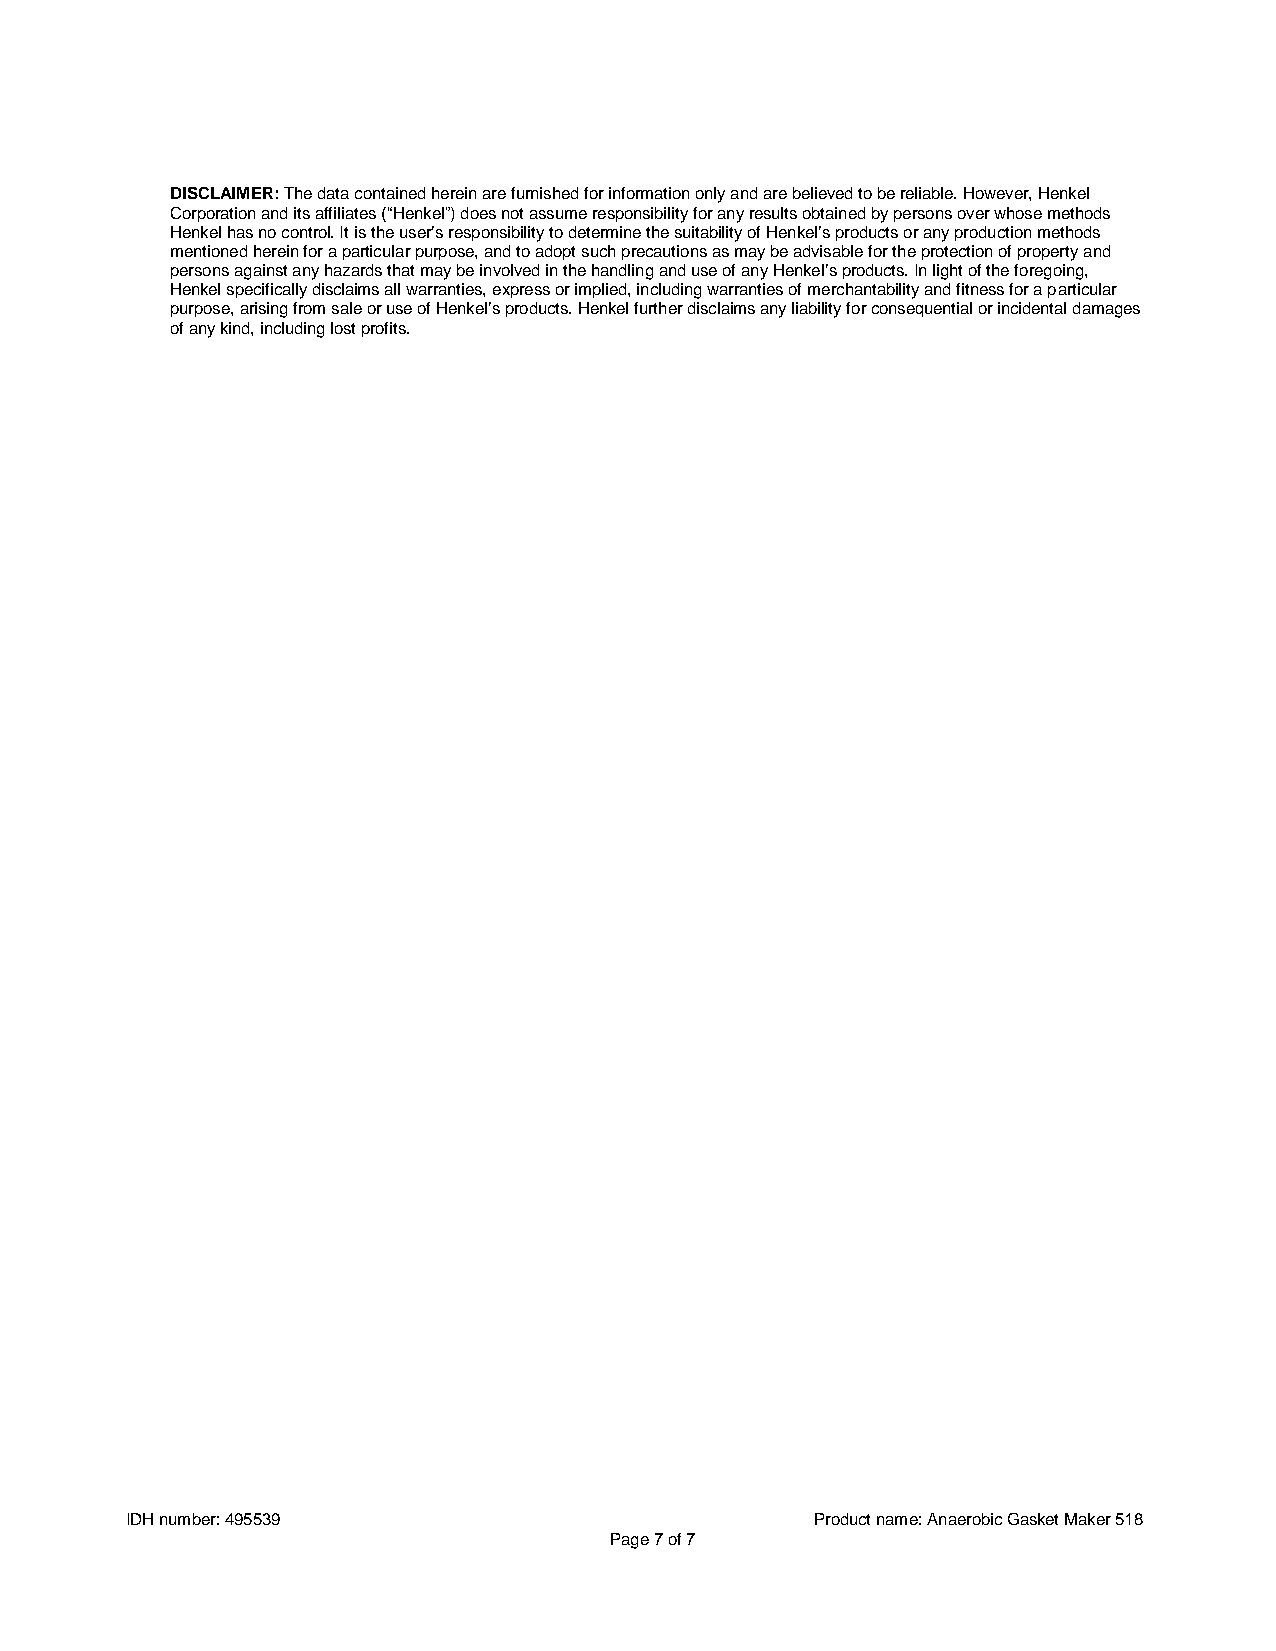
DISCLAIMER: The data contained herein are furnished for information only and are believed to be reliable. However, Henkel
 Corporation and its affiliates (“Henkel”) does not assume responsibility for any results obtained by persons over whose methods
 Henkel has no control. It is the user’s responsibility to determine the suitability of Henkel’s products or any production methods
 mentioned herein for a particular purpose, and to adopt such precautions as may be advisable for the protection of property and
 persons against any hazards that may be involved in the handling and use of any Henkel’s products. In light of the foregoing,
 Henkel specifically disclaims all warranties, express or implied, including warranties of merchantability and fitness for a particular
 purpose, arising from sale or use of Henkel’s products. Henkel further disclaims any liability for consequential or incidental damages
 of any kind, including lost profits.
 IDH number: 495539                            Product name: Anaerobic Gasket Maker 518
 Page 7 of 7